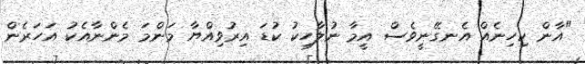
"އާން ކިހިނެއް އެނގޭނީވެސް އީމާ ނުލާހިކު ކުޑަ އިރުވިއްޔާ މަންމަ މެންނާއެކު އަހަރެން